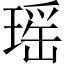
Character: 瑤